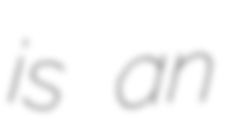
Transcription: is an